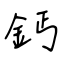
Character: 鈣